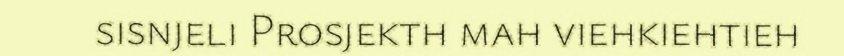
sisnjeli Prosjekth mah viehkiehtieh